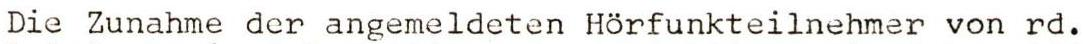
Die Zunahme der angemeldeten Hörfunkteilnehmer von rd.